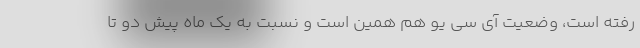
رفته است، وضعیت آی‌ سی یو هم همین است و نسبت به یک‌ ماه پیش دو تا